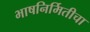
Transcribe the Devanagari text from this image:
भाषनिर्मितीचा